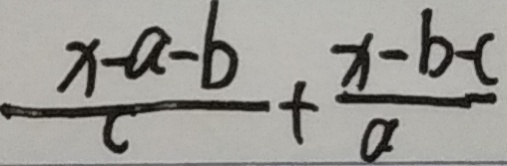
\frac { x - a - b } { c } + \frac { x - b - c } { a }